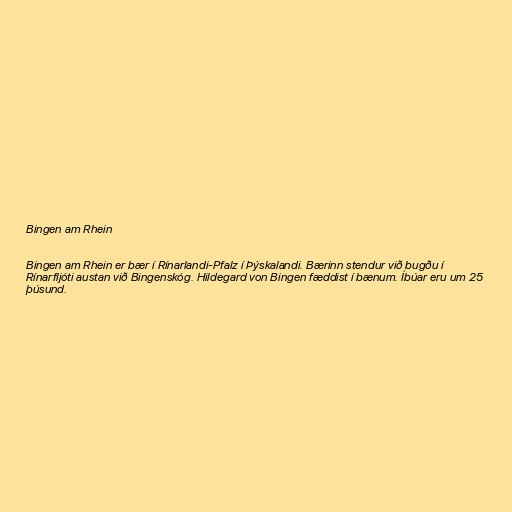
Bingen am Rhein

Bingen am Rhein er bær í Rínarlandi-Pfalz í Þýskalandi. Bærinn stendur við bugðu í
Rínarfljóti austan við Bingenskóg. Hildegard von Bingen fæddist í bænum. Íbúar eru um 25
þúsund.